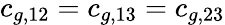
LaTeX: c_{g,12}=c_{g,13}=c_{g,23}